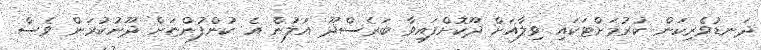
ދަނޑުވެރިކަން ކުރުމަށްޓަކައި ވިލާއަށް ދޫކޮށްފައިވާ ބަރެސްދޫ އަލުން އެ ކުންފުންޏަށް ދޫނުކުރަން ވެސް